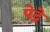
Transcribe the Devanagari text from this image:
पेद्रे